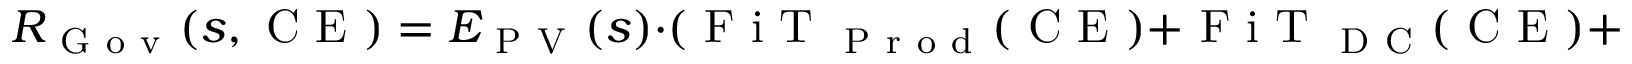
R _ { \mathrm { ~ G ~ o ~ v ~ } } ( s , \mathrm { ~ C ~ E ~ } ) = E _ { \mathrm { ~ P ~ V ~ } } ( s ) \cdot ( \mathrm { ~ F ~ i ~ T ~ } _ { \mathrm { ~ P ~ r ~ o ~ d ~ } } ( \mathrm { ~ C ~ E ~ } ) + \mathrm { ~ F ~ i ~ T ~ } _ { \mathrm { ~ D ~ C ~ } } ( \mathrm { ~ C ~ E ~ } ) + \mathrm { ~ F ~ i ~ T ~ } _ { \mathrm { ~ B ~ o ~ n ~ } } ( \mathrm { ~ C ~ E ~ } ) )